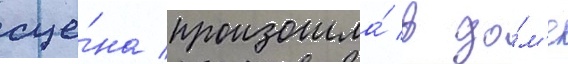
сце́на произошла́ в до́м'е